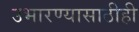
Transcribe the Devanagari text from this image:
उभारण्यासाठीही